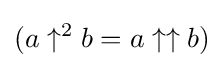
(a\uparrow ^{2}b=a\uparrow \uparrow b)